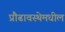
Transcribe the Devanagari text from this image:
प्रौढावस्थेमधील